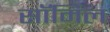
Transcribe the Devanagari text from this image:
सॉमिल